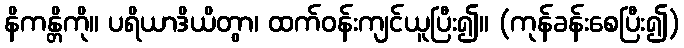
နိကန္တိကို။ ပရိယာဒိယိတွာ၊ ထက်ဝန်းကျင်ယူပြီး၍။ (ကုန်ခန်းစေပြီး၍)